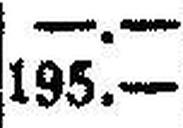
195.—